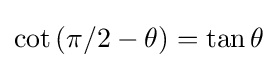
\cot \left(\pi /2-\theta \right)=\tan \theta